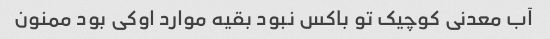
آب معدنی کوچیک تو باکس نبود بقیه موارد اوکی بود ممنون